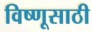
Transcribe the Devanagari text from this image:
विष्णूसाठी